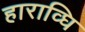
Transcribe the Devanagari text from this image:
हाराव्घि